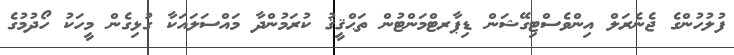
ފުލުހުންގެ ޖެނެރަލް އިންވެސްޓިގޭޝަން ޑިޕާރޓްމަންޓުން ތަޙްޤީޤު ކުރަމުންދާ މައްސަލައަކާ ގުޅިގެން މީހަކު ހޯދުމުގެ